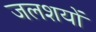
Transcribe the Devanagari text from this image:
जलशयों